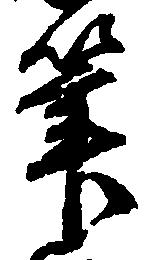
筆